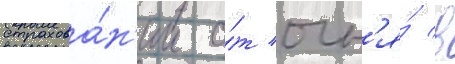
страхова́н'ии о́т огн'я́ в